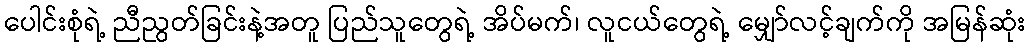
ပေါင်းစုံရဲ့ ညီညွတ်ခြင်းနဲ့အတူ ပြည်သူတွေရဲ့ အိပ်မက်၊ လူငယ်တွေရဲ့ မျှော်လင့်ချက်ကို အမြန်ဆုံး